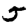
Digit: 5